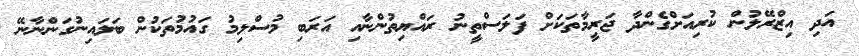
އަދި އިޒްރޭލުން ކުރިއަށްގެންދާ ޖަރީމާތަކަށް ފަލަސްތީނު ރައްޔިތުންނާއި އަރަބި މުސްލިމު ގައުމުތަކުން ބަލައިނުގަންނާނޭ